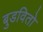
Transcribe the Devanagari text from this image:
बुडवितो